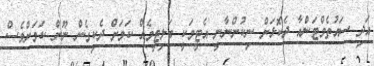
އަދި ސައުތެމްޓަންއާ ދެކޮޅަށް ނިކުންނާނީ އެޓީމަކީ ބަލިޓީމެއް ކަމަށް ދެކިގެން ނޫން ކަމަށްވެސް